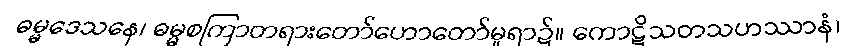
ဓမ္မဒေသနေ၊ ဓမ္မစကြာတရားတော်ဟောတော်မူရာ၌။ ကောဋိသတသဟဿာနံ၊